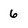
Character: 6